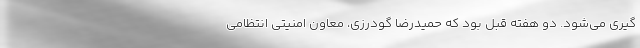
گیری می‌شود. دو هفته قبل بود که حمیدرضا گودرزی، معاون امنیتی انتظامی